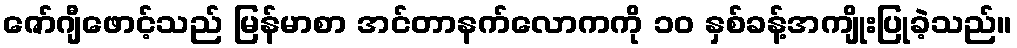
ဇော်ဂျီဖောင့်သည် မြန်မာစာ အင်တာနက်လောကကို ၁၀ နှစ်ခန့်အကျိုးပြုခဲ့သည်။